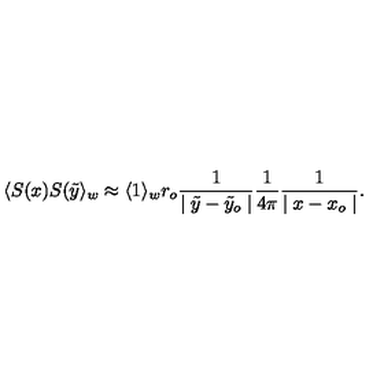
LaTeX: \langle S ( x ) S ( \tilde { y } \rangle _ { w } \approx \langle 1 \rangle _ { w } r _ { o } { \frac { 1 } { \mid \tilde { y } - \tilde { y } _ { o } \mid } } { \frac { 1 } { 4 \pi } } { \frac { 1 } { \mid x - x _ { o } \mid } } .